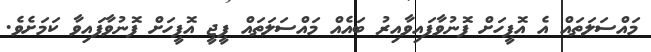
މައްސަލަތައް އެ އޮފީހަށް ފޮނުވާފައިވާއިރު ބައެއް މައްސަލަތައް ޕީޖީ އޮފީހަށް ފޮނުވާފައިވާ ކަމަށެވެ.